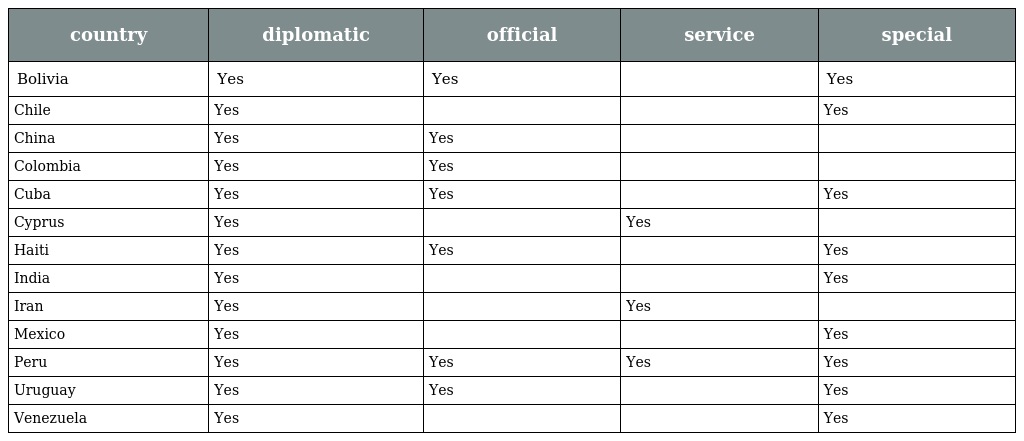
| country | diplomatic | official | service | special |
 | --- | --- | --- | --- | --- |
 | Bolivia | Yes | Yes |  | Yes |
 | Chile | Yes |  |  | Yes |
 | China | Yes | Yes |  |  |
 | Colombia | Yes | Yes |  |  |
 | Cuba | Yes | Yes |  | Yes |
 | Cyprus | Yes |  | Yes |  |
 | Haiti | Yes | Yes |  | Yes |
 | India | Yes |  |  | Yes |
 | Iran | Yes |  | Yes |  |
 | Mexico | Yes |  |  | Yes |
 | Peru | Yes | Yes | Yes | Yes |
 | Uruguay | Yes | Yes |  | Yes |
 | Venezuela | Yes |  |  | Yes |